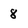
Character: 8